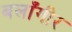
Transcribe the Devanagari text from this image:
बलाँगीर